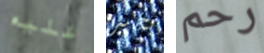
عليه بخير رحم